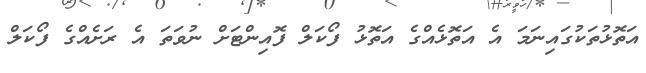
އަތޮޅުތަކުގައިނަމަ އެ އަތޮޅެއްގެ އަތޮޅު ފޯކަލް ފޮއިންޓަށް ނުވަތަ އެ ރަށެއްގެ ފޯކަލް